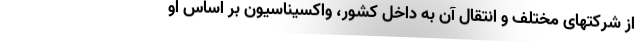
از شرکتهای مختلف و انتقال آن به داخل کشور، واکسیناسیون بر اساس او